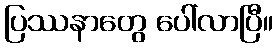
ပြဿနာတွေ ပေါ်လာပြီ။